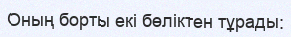
Оның борты екі бөліктен тұрады: